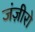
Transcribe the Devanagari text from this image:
जंज़ीरो